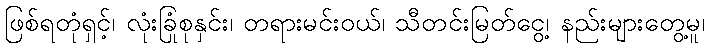
ဖြစ်ရတုံရှင့်၊ လုံးခြုံစုနှင်း၊ တရားမင်းဝယ်၊ သီတင်းမြတ်ငွေ့၊ နည်းများတွေ့မူ၊